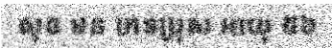
សុខ មន ភេទប្រុស អាយុ ៥៦